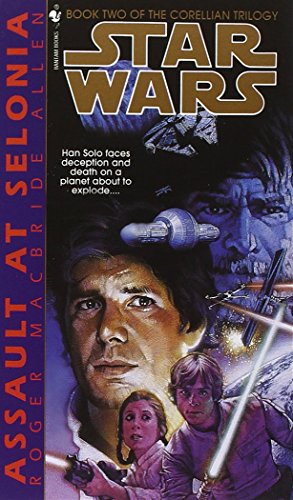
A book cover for Assault at Selonia (Star Wars: The Corellian Trilogy, Book 2); Roger Macbride Allen; Science Fiction & Fantasy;